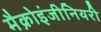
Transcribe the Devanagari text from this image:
मैक्रोइंजीनियरी